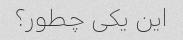
این یکی چطور؟